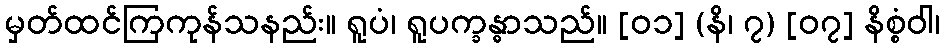
မှတ်ထင်ကြကုန်သနည်း။ ရူပံ၊ ရူပက္ခန္ဓာသည်။ [၀၁] (နိ၊ ၇) [၀၇] နိစ္စံဝါ၊